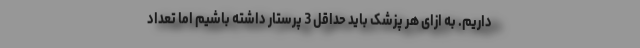
داریم. به ازای هر پزشک باید حداقل 3 پرستار داشته باشیم اما تعداد